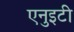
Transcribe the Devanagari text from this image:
एनुइटी